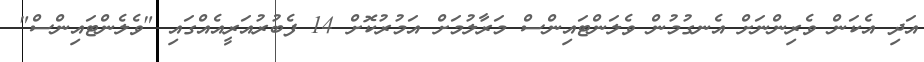
އަދި އެކަން ވެރިންނަށް އެނގުމުން ވެލަންޓައިންސް މަރާލުމަށް އަމުރުކޮށް 14 ފެބުރުއަރީއެއްގައި "ވެލެންޓައިންސް"